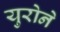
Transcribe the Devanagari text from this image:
युरोने